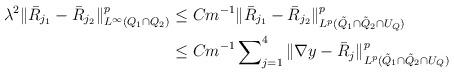
LaTeX: \begin{align*}\lambda^2\Vert \bar{R}_{j_1} - \bar{R}_{j_2}\Vert^p_{L^\infty(Q_1 \cap Q_2)} &\le Cm^{-1}\Vert \bar{R}_{j_1} - \bar{R}_{j_2}\Vert^p_{L^p(\tilde{Q}_1 \cap \tilde{Q}_2 \cap U_Q)} \\& \le Cm^{-1} \sum\nolimits^4_{j=1}\Vert \nabla y - \bar{R}_j\Vert^p_{L^p(\tilde{Q}_1 \cap \tilde{Q}_2 \cap U_Q)}\end{align*}